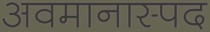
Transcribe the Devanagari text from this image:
अवमानास्पद